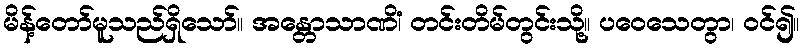
မိန့်တော်မူသည်ရှိသော်။ အန္တောသာဏိံ၊ တင်းတိမ်တွင်းသို့။ ပဝေသေတွာ၊ ဝင်၍။